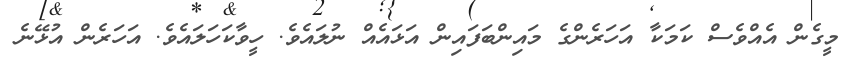
މީގެން އެއްވެސް ކަމަކާ އަހަރެންގެ މައިންބަފައިން އަޅައެއް ނުލައެވެ. ހީވާކަހަލައެވެ. އަހަރެން އުޅޭނެ